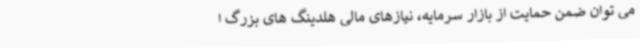
می توان ضمن حمایت از بازار سرمایه، نیازهای مالی هلدینگ های بزرگ ا